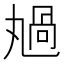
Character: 𠷏